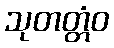
သုတတ္တံဝ